Vital statistics of India. Vol. VI, European troops 1870-79
Year: 1870
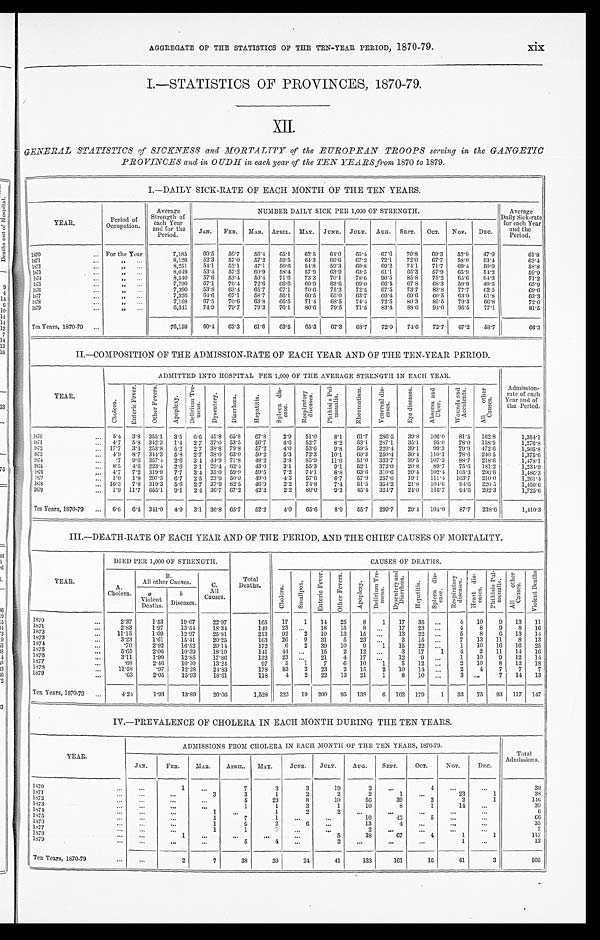
AGGREGATE OF THE STATISTICS OF THE TEN-YEAR PERIOD, 1870-79.
xix
I.—STATISTICS OF PROVINCES, 1870-79.
XII.
GENERAL STATISTICS of SICKNESS and MORTALITY of the EUROPEAN TROOPS serving in the GANGETIC
PROVINCES and in OUDH in each year of the TEN YEARS from 1870 to 1879 .
I.-DAILY SICK-RATE OF EACH MONTH OF THE TEN YEARS.
YEAR.
Period of
Occupation.
Average
Strength of
each Year
and for the
Period.
NUMBER DAILY SICK PER 1,000 OF STRENGTH.
Average
Daily Sick-rate
for each Year
and the
Period.
JAN.
FEB.
MAR.
APRIL.
MAY.
JUNE.
JULY.
AUG.
SEPT.
OCT.
Nov.
DEC.
1870
... For the Year
7 , 1 8 5
60.5
56.7
56.4
65.1
62.5
64.0
65.4
67.6
7 0 . 8
69.3
52.9
47.9
6 1 . 8
1871
, ,
8,126
52.3
57.0
57.2
59.5
64.3
6 6 . 6
67.2
72.1
7 2 . 0
67.7
58.0
53.4
6 2 . 4
1872
...
, ,
8,251
54.1
52.1
47.1
50.6
54.8
59.3
60.8
69.2
74.1
7 1 . 7
69.4
50.9
58.8
1873
, ,
8,049
53.4
57.2
60.9
58.4
57.9
63.9
63.5
61.1
65.3
57.9
65.9
51.2
59.9
1874..
,,,.
8,540
57.6
53.4
59.4
71.6
73.3
70.1
78.6
90.5
85.8
75.2
65.6
64.3
71.2
1875 ...
, ,
7,790
67.1
76.4
72.6
66.6
60.9
63.6
6 9 . 0
66.4
67.8
68.3
59.9
49.5
65.9
1876
„
...
7,390
53.8
634
65.7
67.1
7 0 . 6
75.3
72.5
67.5
73,7
83.8
77.7
62.5
69.6
1877 ...
, ,
7,326
64.6
67.1
5 8 . 7
56.1
60.5
65.0
63.7
69.4
69.6
60.5
63.0
61.8
63.3
1878-
, ,
7,168
67.5
70.6
63.8
66.5
71.4
68.5
7 4 . 4
72.5
80.3
85.5
79.3
66.8
72.0
1879
...
6,341
74.9
79.7
79.3
76.1
80.6
79.5
71.5
83.4
88.6
94.0
95.5
77.1
81.5
Ten Years, 1870-79
76,159
60-4
63.3
61.6
63.5
65.3
67.3
68.7
72.0
74.6
72.7
67.2
58.7
66.3
II.—COMPOSITION OF THE ADMISSION-RATE OF EACH YEAR AND OF THE TEN-YEAR PERIOD.
YEAR.
ADMITTED INTO HOSPITAL PER 1,000 OF THE AVERAGE STRENGTH IN EACH YEAR.
A d m i s s i o n - r a t e o f e a c h y e a r a n d o f t h e P e r i o d .
C h o l e r a .
E n t e r i c F e v e r .
O t h e r F e v e r .
A p o p l e x y .
D e l i r i u m T r e me u s .
Dysent er y.
D i a r r h o e a .
H e p a t i t i s .
S p l e e n d i s e a s e .
R e s p i r a t o r y d i s e a s e s .
P h t h i s i s
P u l m o n a l i s .
R h e u m a t i s m .
V e n e r a l d i s e a s e s .
E y e d i s e a s e s .
A b s e e s s
a n d U l c e r .
W o u n d s a n d A c c i d e n t s .
A l l o t h e r C a u s e s .
1870
5.4
3 . 8 355.1
3.5
6.6 45.8 65.8
67.8
2.9
51.0
8.1
61.7
286.5
39.8
106.0
81.5
162.8
1,354.1
1871
...
4-7
5.8
342.3
1.4
2.7 37.0 53.5
56.7
4.6
52.7
8.2
53.1
287.1
35.1
9 5 . 0
7 8 . 0
158.9
1,276.8
1872
...
17.7
3.4 253.8
5.2
2.7 38.8
79.8
57.2
4.0
53.6
9.8
59.5
229.4
39.1
9 9 . 3
7 9 . 9
472.6
1,505.8
1873
...
4.9
8.7
344.3
5.8
2.7
38.0 63.0
50.2
5.3
72.3
10.1
60.3
250.4
30.4
110.1
78.6
240.5
1,375.6
1874
...
.7
9.6 357.4
2.6
3.4 44.9 71.8
48.2
3.8
85.9
11.0
51.0
333.7
39.5
107.3
88.7
218 . 6
1,478.1
1875
8.5
4. 6 223.4
2.6
2.1 29.4 62.4
43.0
3.1
55.3
9.1
52.1
372 . 0
20.8
8 9 . 7
75.6
181.2
1,234.9
...
1576
4.7
7.2 319.9
7.7
3.4 35.0
59.9
59.5
7.2
74.1
8.8
63.6
310.6
20.4
102.4
105 . 3
296.6
1,486.3
1S77
.,.
1.0 1.8 297.3
6.7
2.5
23.9
50.9
4 9 . 0
4 . 3 57.6
6.7
57.9
257 . 6
19.1
111.4
103.7
210.0
1,261.4
1878
... 16.3
7.8
319.3
5.6
2.7
37.9
82. 5
46.9
2.2
74.8
7.4
51.5
354.2
21.8
104.6
9 4 . 6
220.5
1,450.6
1879
...
1 . 9 11-7 655.1
9.1
2.4 36.7 67.2
42.3
2.2
80.0
9.3
45.4
324.7
24.0
116.7
94.6
202.3
1,725.6
Ten Years, 1870-79
...
6.6
6.4 341.0
4.9
3.1
36.8 65.7
52.2
4-0
65.6
8.9
55.7
299.7
29.4
104.0
87.7
238.6
1,410.3
III.—DEATH-RATE OF EACH YEAR AND OF THE PERIOD, AND THE CHIEF CAUSES OF MORTALITY.
YEAR.
DIED PER 1,000 OF STRENGTH.
Total
Deaths.
CAUSES OF DEATHS.
A.
Cholera.
B . A l lother Causes
.
.
C.
All
Causes.
C h o l e r a .
S m a l l p o x .
E n t e r i c F e v e r .
O t h e r F e v e r s .
A p o p l e x y .
D e l i r i u m T r e m e n s .
D y s e n t e r y a n d D i a r r h o e a .
H e p a t i t i s .
S p l e e n d i s e a s e .
R e s p i r a t o r y d i s e a s e s .
H e a r t d i s e a s e s .
P h t h i s i s
P u l m o n a l i s .
A l l o t h e r C a u s e s .
V i o l e n t D e a t h s
a
Violent
Deaths.
b
Diseases.
'
1870
2.37
1.53
19.07
22.97
165
17
1
14
25
8
1
17
35
...
4
10
9
13
11
1 8 7 1 .
2.83
1.97
13.54
18.34
149
23
. . .
18
15
S
...
17
23
...
4
8
9
8
16
1872
11.15
1.69
12.97
25.81
213
92
2
10
13
15
...
13
22
...
5
8
6
13
14
1873
...
3.23
1.61
15.41
20.25
163
26
9
31
5
23
...
2
15
...
7
13
11
8
13
1874
.70
2.92
16.52
20.14
172
6
2
39
10
9
1
15
22
1
10
16
16
25
1875
5.65
2.06
10-39
18.10
1.41
44
. . .
15
2
12
. . .
3
17
.1
4
2
11
14
16
1876
3.11
1.90
12.85
17.86
132
23
...
21
4
17
. . .
12
9
. . .
1
10
9
12
14
1877
.68
2.46
10.10
13.24
97
5
1
7
6
10
1
5
12
...
2
10
8
12
18
.
1878
...
11.58
.97
12.28
24.83
178
83
2
23
2
15
2
10
14
. . .
2
4
7
7
7
1879
.63
2.05
15.93
18.61
118
4
2
22
13
21
1
8
10
...
3
. . .
7
14
13
Ten Years, 1870-79
...
4.24
1-93
13.89
20.06
1,528
323
19
200
95
138
0
102
179
1
33
75
93
117
147
IV.—PREVALENCE OF CHOLERA IN EACH MONTH DURING THE TEN YEARS.
YEAR
ADMISSIONS FROM CHOLERA IN EACH MONTH OF THE TEN YEARS, 1870-79.
Total
Admissions.
JAN.
FEB.
MAR.
APRIL.
MAY.
JUNE.
JULY.
AUG.
SEPT.
OCT.
Nov.
DEC.
1870
. . .
1
. . .
7
3
3
19
2
. . .
4
. . .
...
39
1871
. . .
...
3
3
1
2
2
2
1
...
23
1
38
1872
...
...
. . .
. . .
5
23
8
10
56
39
2
2
1
1 4 6
1873
. . .
. . .
. . .
1
1
3
1
10
8
1
14
...
39
1874
. . .
...
1
. . .
1
2
2
. . .
...
...
. . .
. . .
6
1875
...
. . .
1
7
1
. . .
. . .
10
42
5
. . .
6 6
1876
...
. . .
1
9
2
6
. . .
13
4
...
. . .
. . .
35
1877
. . .
. . .
1
1
3
. . .
. . .
2
. . .
. . .
...
...
7
1878
...
. . .
. . .
. . .
. . .
. . .
5
3 8
67
4
1
1
117
1879
. . .
1
. . .
. . .
5
4
. . .
2
. . .
. . .
. . .
1
. . .
12
Ten Years, 1870-79
...
2
7
38
39
2 4
41
133
161
16
41
3
505